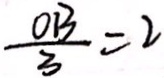
\frac { O B } { 3 } = 2